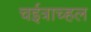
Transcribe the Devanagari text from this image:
चईत्राच्हल